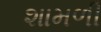
શામળી